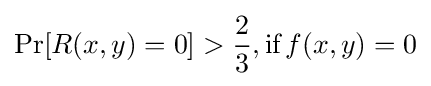
\Pr[R(x,y)=0]>{\frac {2}{3}},{\textrm {if}}\,f(x,y)=0